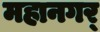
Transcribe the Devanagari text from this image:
महानगर्